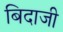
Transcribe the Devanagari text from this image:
बिदाजी